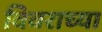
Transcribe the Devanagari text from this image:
विवराच्या